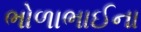
ભોળાભાઈના